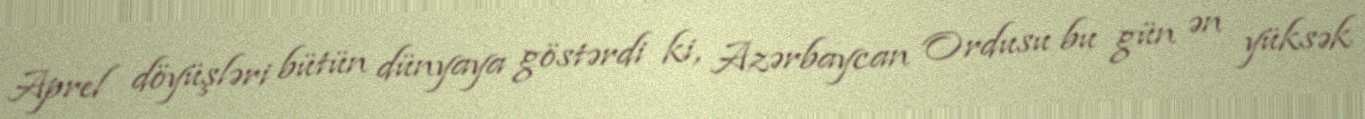
Aprel döyüşləri bütün dünyaya göstərdi ki, Azərbaycan Ordusu bu gün ən yüksək